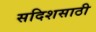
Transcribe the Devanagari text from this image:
सदिशसाठी